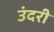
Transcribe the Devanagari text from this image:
उंदरी